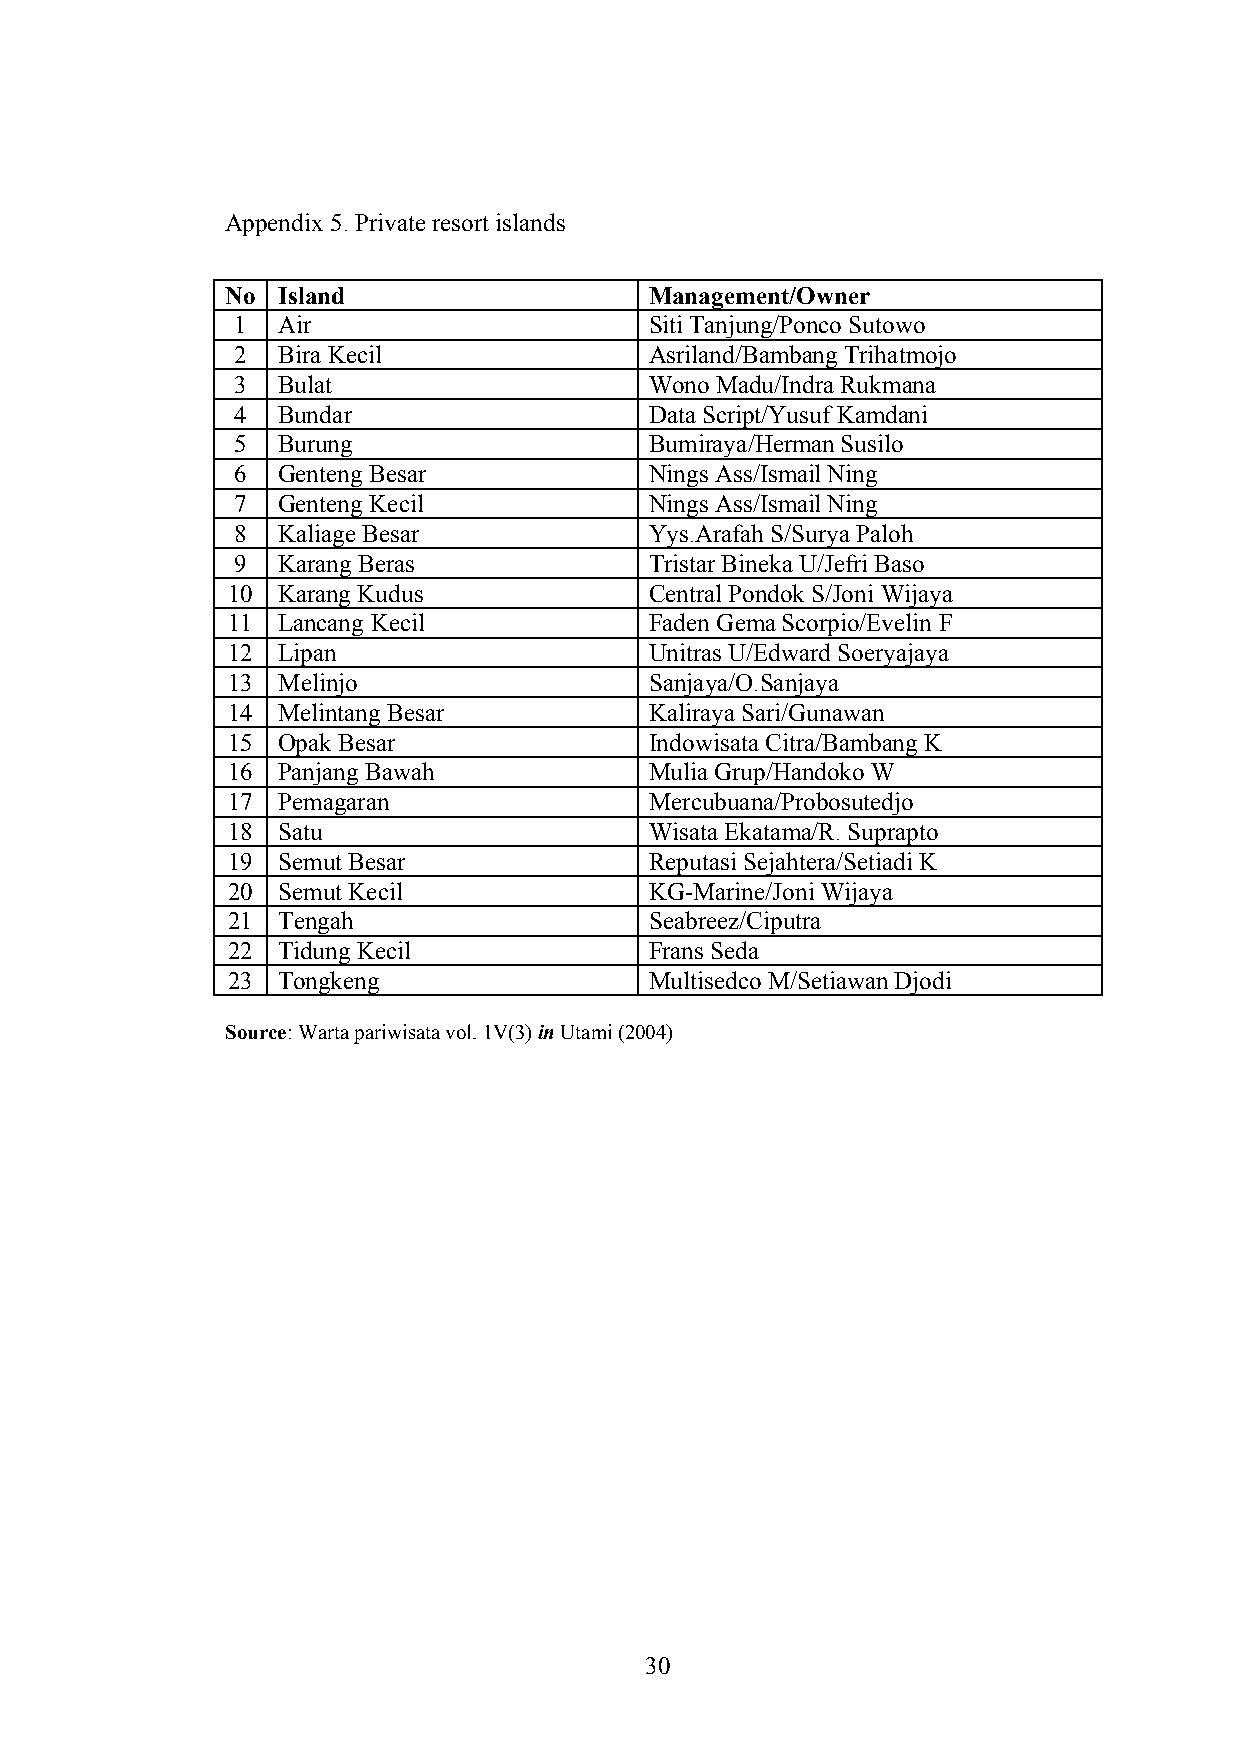
Appendix 5. Private resort islands
 No Island                   Management/Owner
 1  Air                      Siti Tanjung/Ponco Sutowo
 2  Bira Kecil               Asriland/Bambang Trihatmojo
 3  Bulat                    Wono Madu/Indra Rukmana
 4  Bundar                   Data Script/Yusuf Kamdani
 5  Burung                   Bumiraya/Herman Susilo
 6  Genteng Besar            Nings Ass/Ismail Ning
 7  Genteng Kecil            Nings Ass/Ismail Ning
 8  Kaliage Besar            Yys.Arafah S/Surya Paloh
 9  Karang Beras             Tristar Bineka U/Jefri Baso
 10 Karang Kudus             Central Pondok S/Joni Wijaya
 11 Lancang Kecil            Faden Gema Scorpio/Evelin F
 12 Lipan                    Unitras U/Edward Soeryajaya
 13 Melinjo                  Sanjaya/O.Sanjaya
 14 Melintang Besar          Kaliraya Sari/Gunawan
 15 Opak Besar               Indowisata Citra/Bambang K
 16 Panjang Bawah            Mulia Grup/Handoko W
 17 Pemagaran                Mercubuana/Probosutedjo
 18 Satu                     Wisata Ekatama/R. Suprapto
 19 Semut Besar              Reputasi Sejahtera/Setiadi K
 20 Semut Kecil              KG-Marine/Joni Wijaya
 21 Tengah                   Seabreez/Ciputra
 22 Tidung Kecil             Frans Seda
 23 Tongkeng                 Multisedco M/Setiawan Djodi
 Source: Warta pariwisata vol. 1V(3) in Utami (2004)
 30